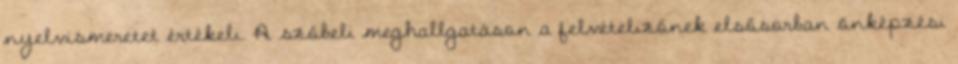
nyelvismeretet értékeli. A szóbeli meghallgatáson a felvételizőnek elsősorban önképzési